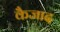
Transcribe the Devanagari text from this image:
कैजाद